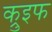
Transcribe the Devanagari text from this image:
क्रुइफ